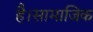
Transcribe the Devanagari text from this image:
है।सामाजिक